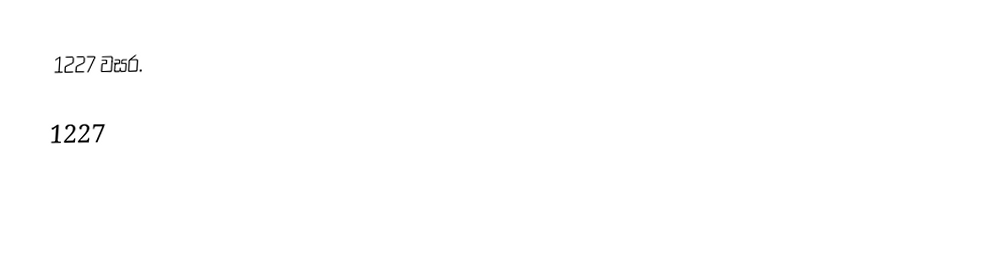
1227 වසර.

1227